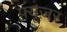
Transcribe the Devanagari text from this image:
फ़्यूज़र